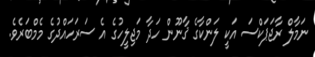
ނަމާލް ރާޖަޕަކްސަ އަކީ ލަންކާގެ ޤާނޫން ހަދާ މަޖިލީހުގެ އެ ސަރަހައްދުގެ މެމްބަރެވެ.